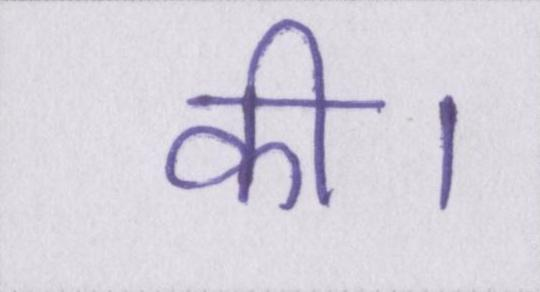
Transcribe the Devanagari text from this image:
की।